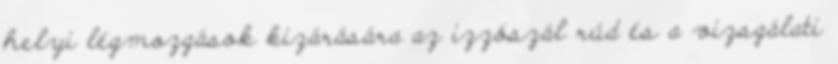
helyi légmozgások kizárására az izzószál rúd és a vizsgálati